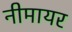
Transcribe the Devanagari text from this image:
नीमायर